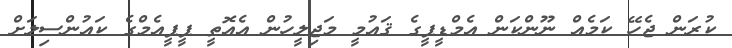
ކުރަން ޖެހޭ ކަމެއް ނޫންކަން އެމްޑީޕީގެ ޤައުމީ މަޖިލީހުން އެއޮތީ ޕީޕީއެމްގެ ކައުންސިލަށް